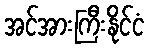
အင်အားကြီးနိုင်ငံ